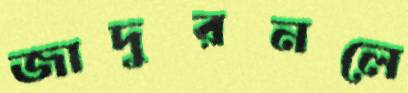
জাদুরনলে